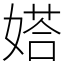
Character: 㜓